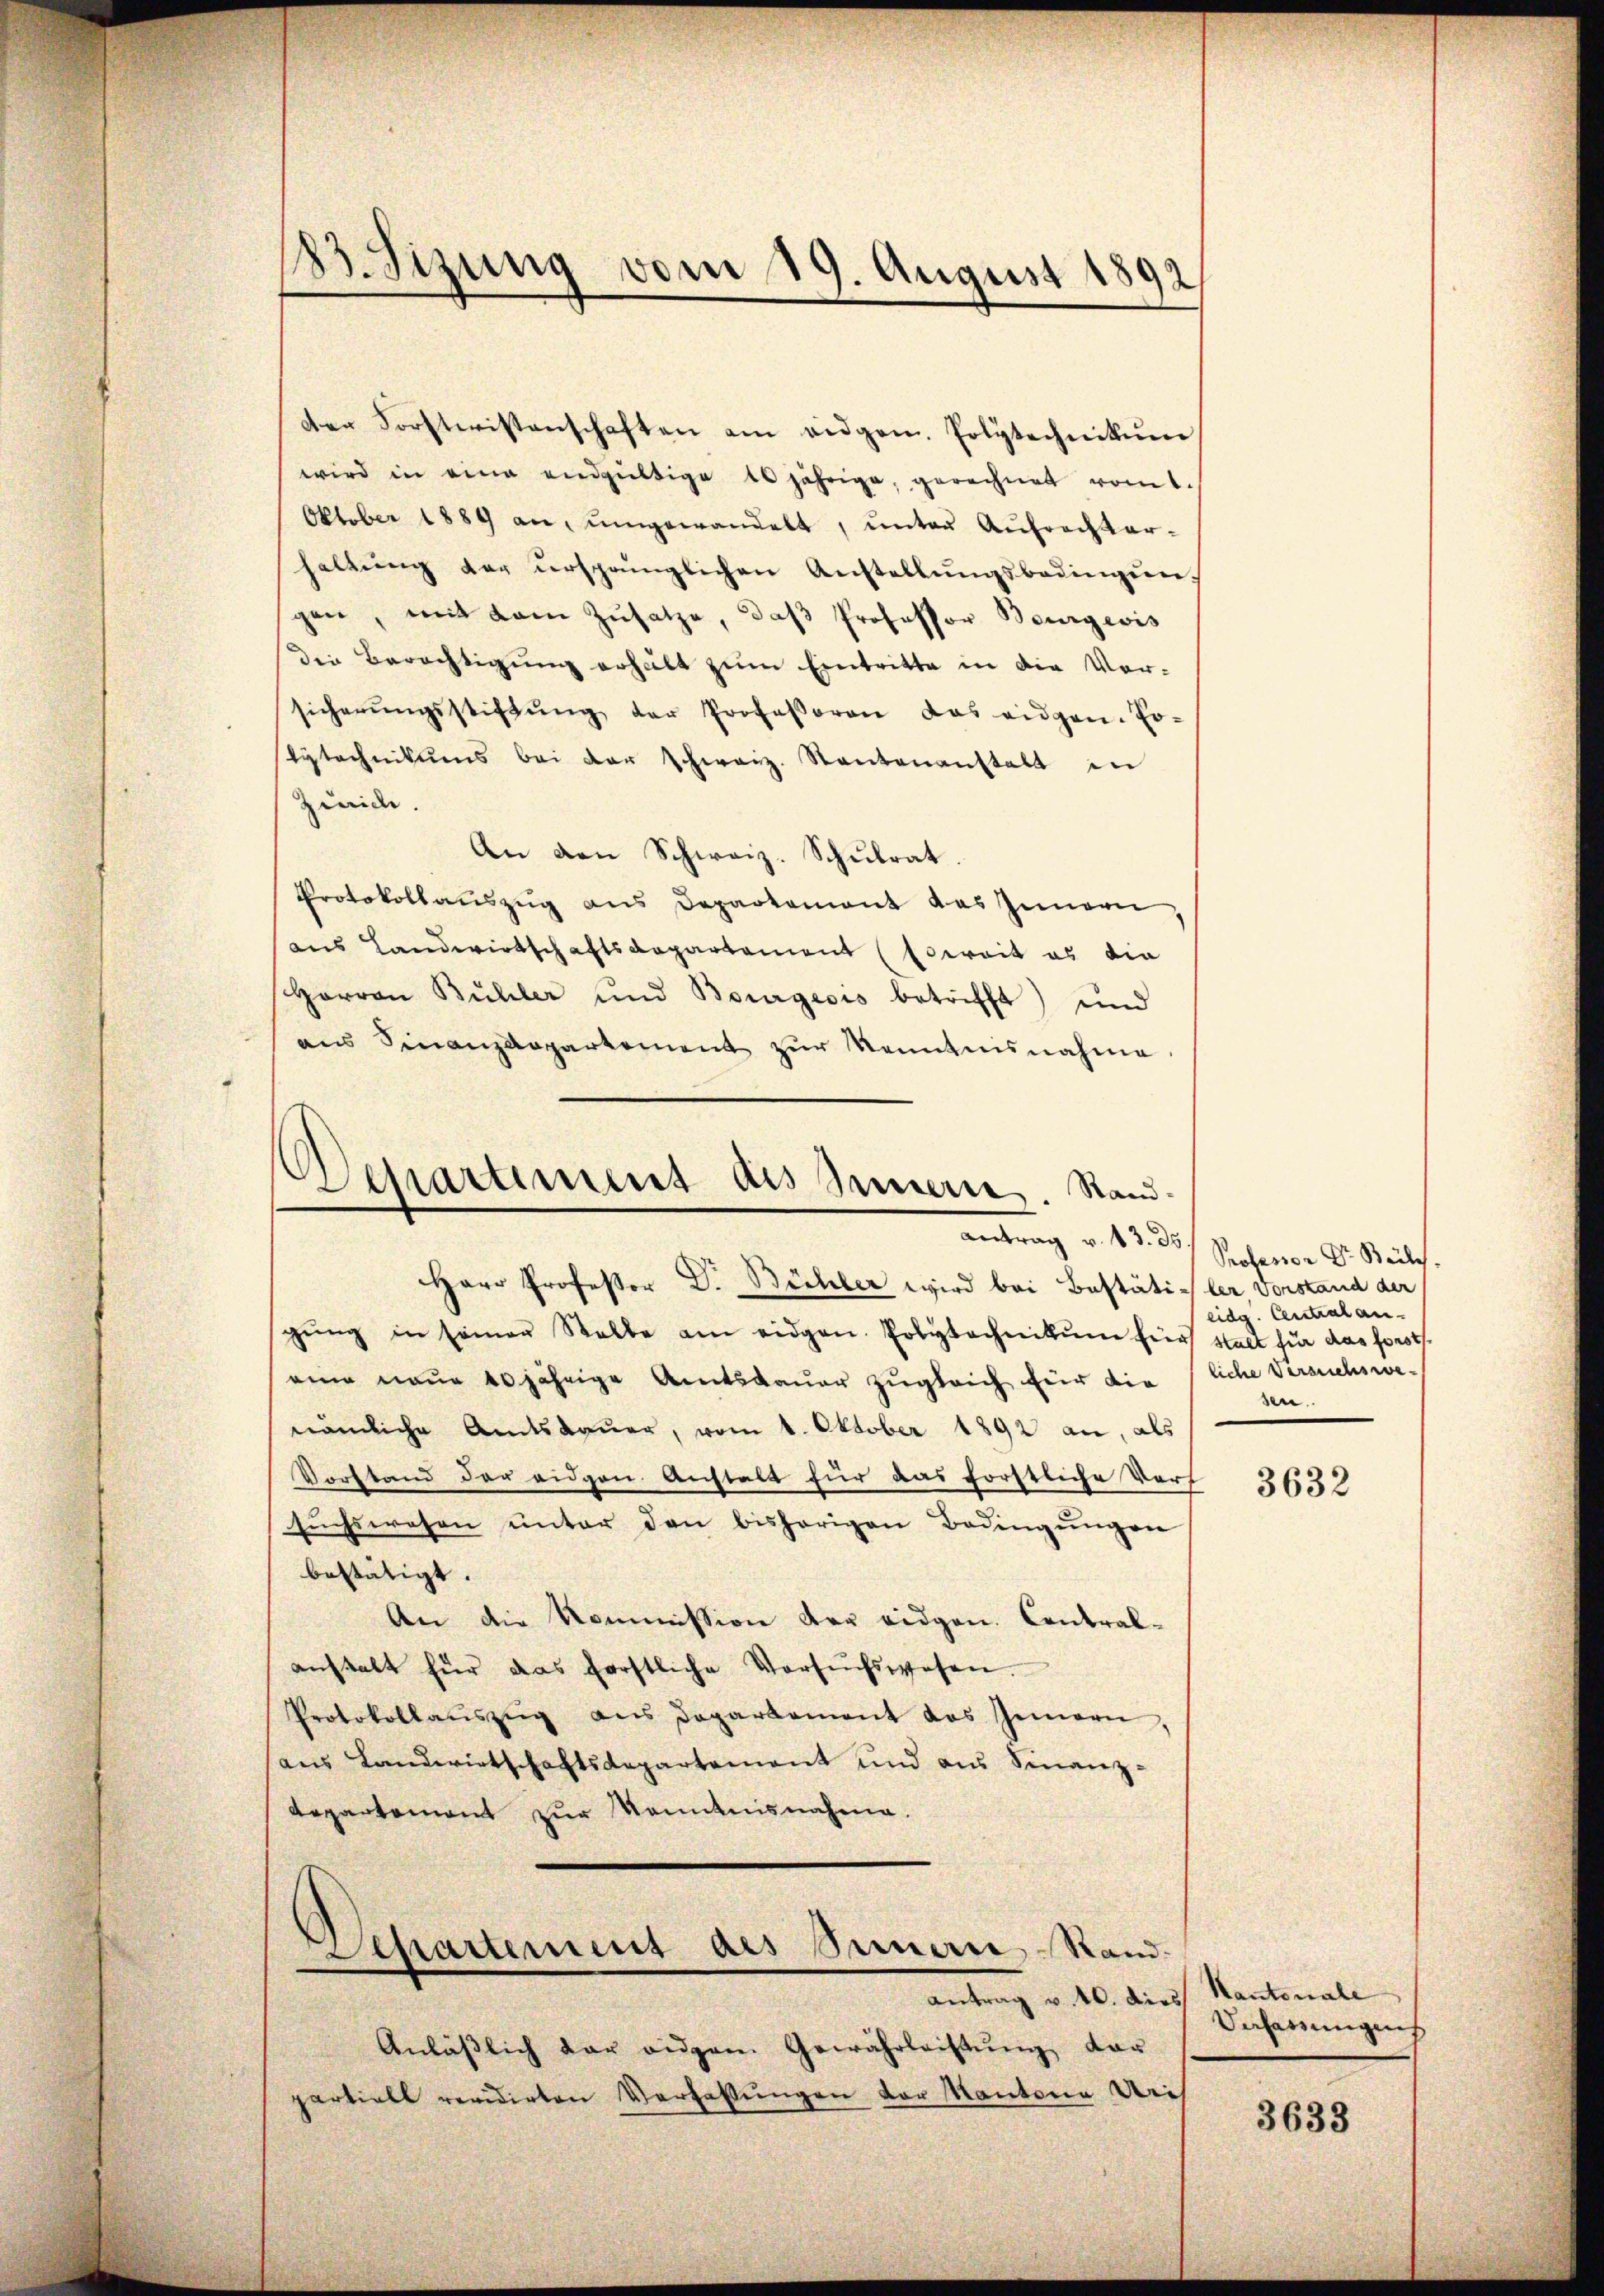
83. Sizung vom 19. August 1892

der Forstwissenschaften am eidgen. Polytechnikŭm
wird in eine endgültige 10 jährige, gerechnet romt.
Oktober 1889 an, ŭmgewandelt, ŭnter Aufrechter-
haltŭng der ursprünglichen Anstellŭngsbedingŭn-
gen, mit dem Zŭsatze, daβ Professor Bourgeois
Die Berechtigung erhält zŭm Eintritte in die Ver-
sicherŭngsstiftŭng der Professoren das eidgen. Er-
tytechnikums bei der Schweiz. Stantenanstalt in
Zürich.
An den Schweiz. Schŭlrat.
Protokollauszug aus Departement das Innern
aus Landwirtschaftsdepartement (soweit es die
Herren Bühler und Bourgeois betrifft) und
ans Finanzdepartement zŭr Kenntnisnahme.
Herr Professor Dr. Büchler wird bei Bestäti-ler, Vorstand der
gŭng in seiner Stelle am eidgen. Polytechnikum für statt für das foroth.
eine neue 10 jährige Amtsdauer zugleich für die liche Versuchswenämliche Amtsdauer, vom 1. Oktober 1892 an, als
Vorstand der eidgen Anstalt für das forstliche Vorf
sŭchswesen ŭnter den bisherigen Bedingŭngen
bestätigt.
An die Kommission der eidgen. Contralanstalt für das forstliche Versuchswesen.
Protokollaŭszŭg ans Departement das Genern,
aus Landwirtschaftsdepartement und aus Finanz-
Repartement zur Kenntnisnahme.
Separtement des Serie-Stand-
antrag v. 10. dies Kantonale
Anläβlich der eigen Gewährleistŭng dar
partiell revidirten Verfassungen der Kantone ris

Departement des Innern. Standantrag v. 13. des Professor Dr. Beil

eidg. Centralan-
sen.

3632

Vefassungens

3633